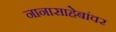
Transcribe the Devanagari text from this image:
नानासाहेबांवर